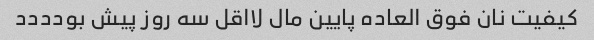
کیفیت نان فوق العاده پایین مال لااقل سه روز پیش بودددد